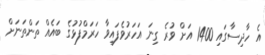
އެ ހާދިސާގައި 1400 އަށް ވުރެ ގިނަ އަހަރުވެފައިވާ ހަރަމްފުޅުގެ ބައެއް ތަންތަނަށް